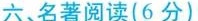
六、名著阅读(6分)